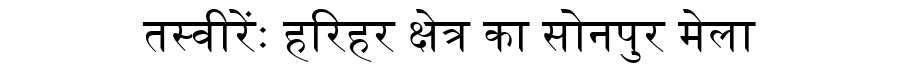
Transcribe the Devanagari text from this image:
तस्वीरेंः हरिहर क्षेत्र का सोनपुर मेला